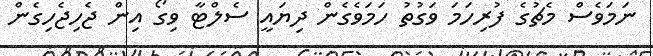
ނަމަވެސް މެޗުގެ ފުރިހަމަ ވަގުތު ހަމަވެގެން ދިޔައީ ސެލްޓާ ވިގޯ އިން ޖެހިޖެހިގެން